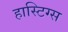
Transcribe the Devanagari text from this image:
हास्टिग्स